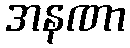
အနဏာ